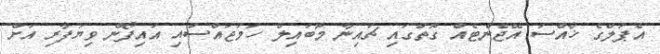
އެޕަލްގެ ޚާއްސަ އޭޖެންޓެއް ގޮތުގައި ޗައިނާ މޮބައިލް ހަމަޖައްސައި އައިފޯން ވިޔަފާރި އަށް